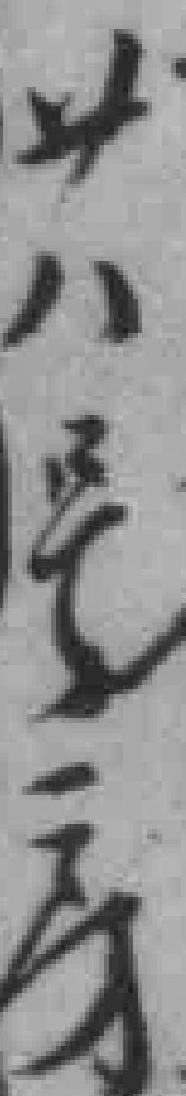
卄八号房